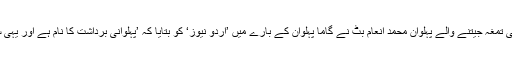
دولت مشترکہ کھیلوں میں دو بار طلائی تمغہ جیتنے والے پہلوان محمد انعام بٹ نے گاما پہلوان کے بارے میں ’اردو نیوز‘ کو بتایا کہ ’پہلوانی برداشت کا نام ہے اور یہی سبق ہم نے گاما پہلوان سے سیکھا ہے۔